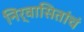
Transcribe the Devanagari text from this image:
निर्वासितांचं